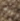
بينه